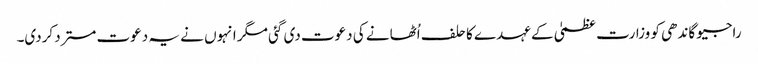
راجیو گاندھی کو وزارت عظمیٰ کے عہدے کا حلف اُٹھانے کی دعوت دی گئی مگر انہوں نے یہ دعوت مسترد کردی۔